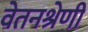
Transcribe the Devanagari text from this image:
वेतनश्रेणी